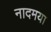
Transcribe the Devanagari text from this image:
नादमया